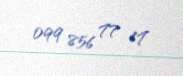
099 856 77 17